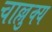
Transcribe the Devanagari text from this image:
चाल्लुक्य